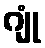
ဂျုံ